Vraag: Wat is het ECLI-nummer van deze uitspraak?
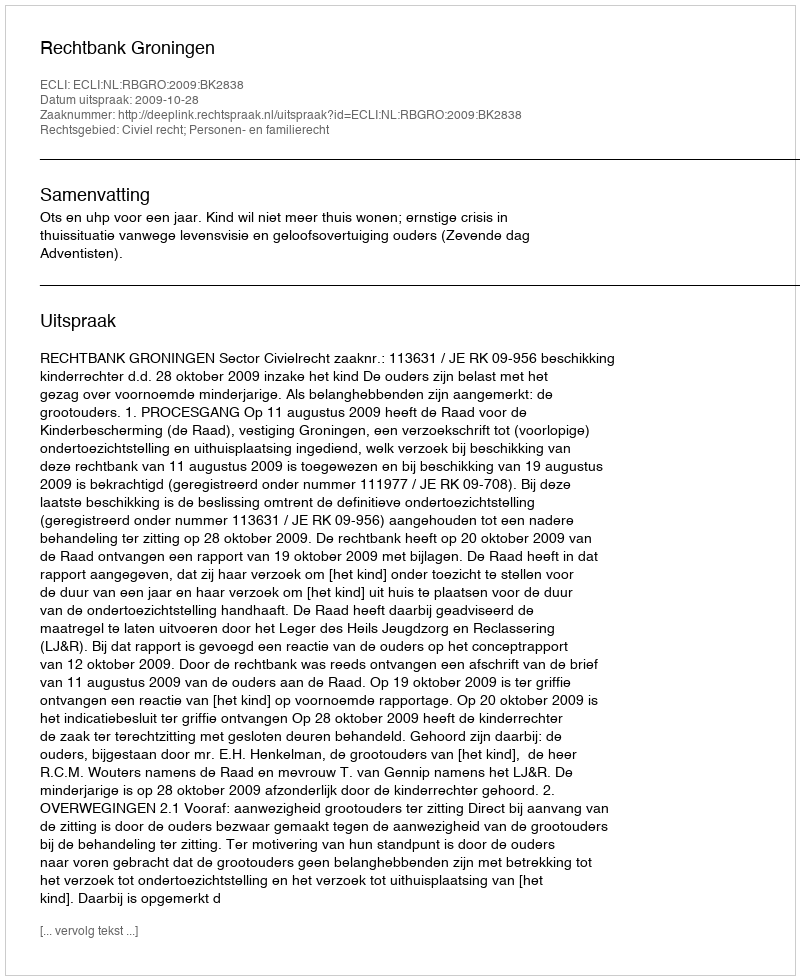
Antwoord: ECLI:NL:RBGRO:2009:BK2838